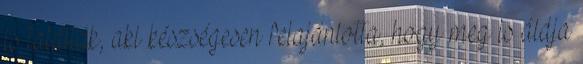
is találták, aki készségesen felajánlotta, hogy meg is áldja